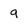
Character: 9